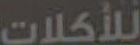
للأكلات